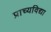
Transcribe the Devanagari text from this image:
प्राच्‍यविद्या